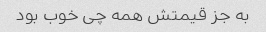
به جز قیمتش همه چی خوب بود